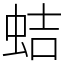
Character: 蛣